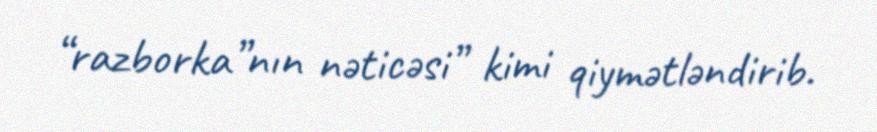
“razborka”nın nəticəsi” kimi qiymətləndirib.